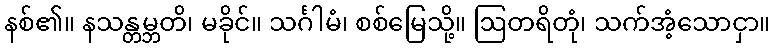
နစ်၏။ နသန္တမ္ဘတိ၊ မခိုင်။ သင်္ဂါမံ၊ စစ်မြေသို့။ ဩတရိတုံ၊ သက်အံ့သောငှာ။